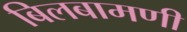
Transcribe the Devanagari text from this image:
बिलबामणी